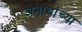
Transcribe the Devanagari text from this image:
अनाथांच्या